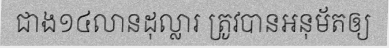
ជាង១៤លានដុល្លារ ត្រូវបានអនុម័តឲ្យ